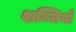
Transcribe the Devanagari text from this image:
शब्जियों